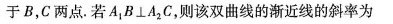
于B，C两点。若A_{1}B \bot A_{2}C，则该双曲线的渐近线的斜率为